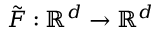
\tilde { F } : \mathbb { R } ^ { d } \rightarrow \mathbb { R } ^ { d }